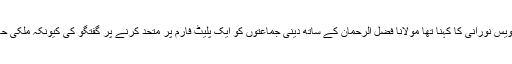
ملاقات کے بعد مشترکہ پریس کانفرنس کرتے ہوئے اویس نورانی کا کہنا تھا مولانا فضل الرحمان کے ساتھ دینی جماعتوں کو ایک پلیٹ فارم پر متحد کرنے پر گفتگو کی کیونکہ ملکی حالات کے پیش نظر دینی جماعتوں کا اتحاد ناگزیر ہے۔